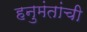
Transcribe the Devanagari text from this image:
हनुमंतांची